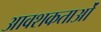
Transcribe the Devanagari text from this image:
आवशकताओं